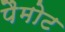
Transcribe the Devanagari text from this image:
पैमोट